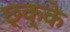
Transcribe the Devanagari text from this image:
छ्क्के